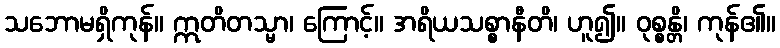
သဘောမရှိကုန်။ ဣတိတသ္မာ၊ ကြောင့်။ အရိယသစ္စာနီတိ၊ ဟူ၍။ ဝုစ္စန္တိ၊ ကုန်၏။